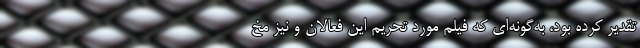
تقدیر کرده بود، به‌گونه‌ای که فیلم مورد تحریم این فعالان و نیز مخ